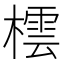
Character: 橒